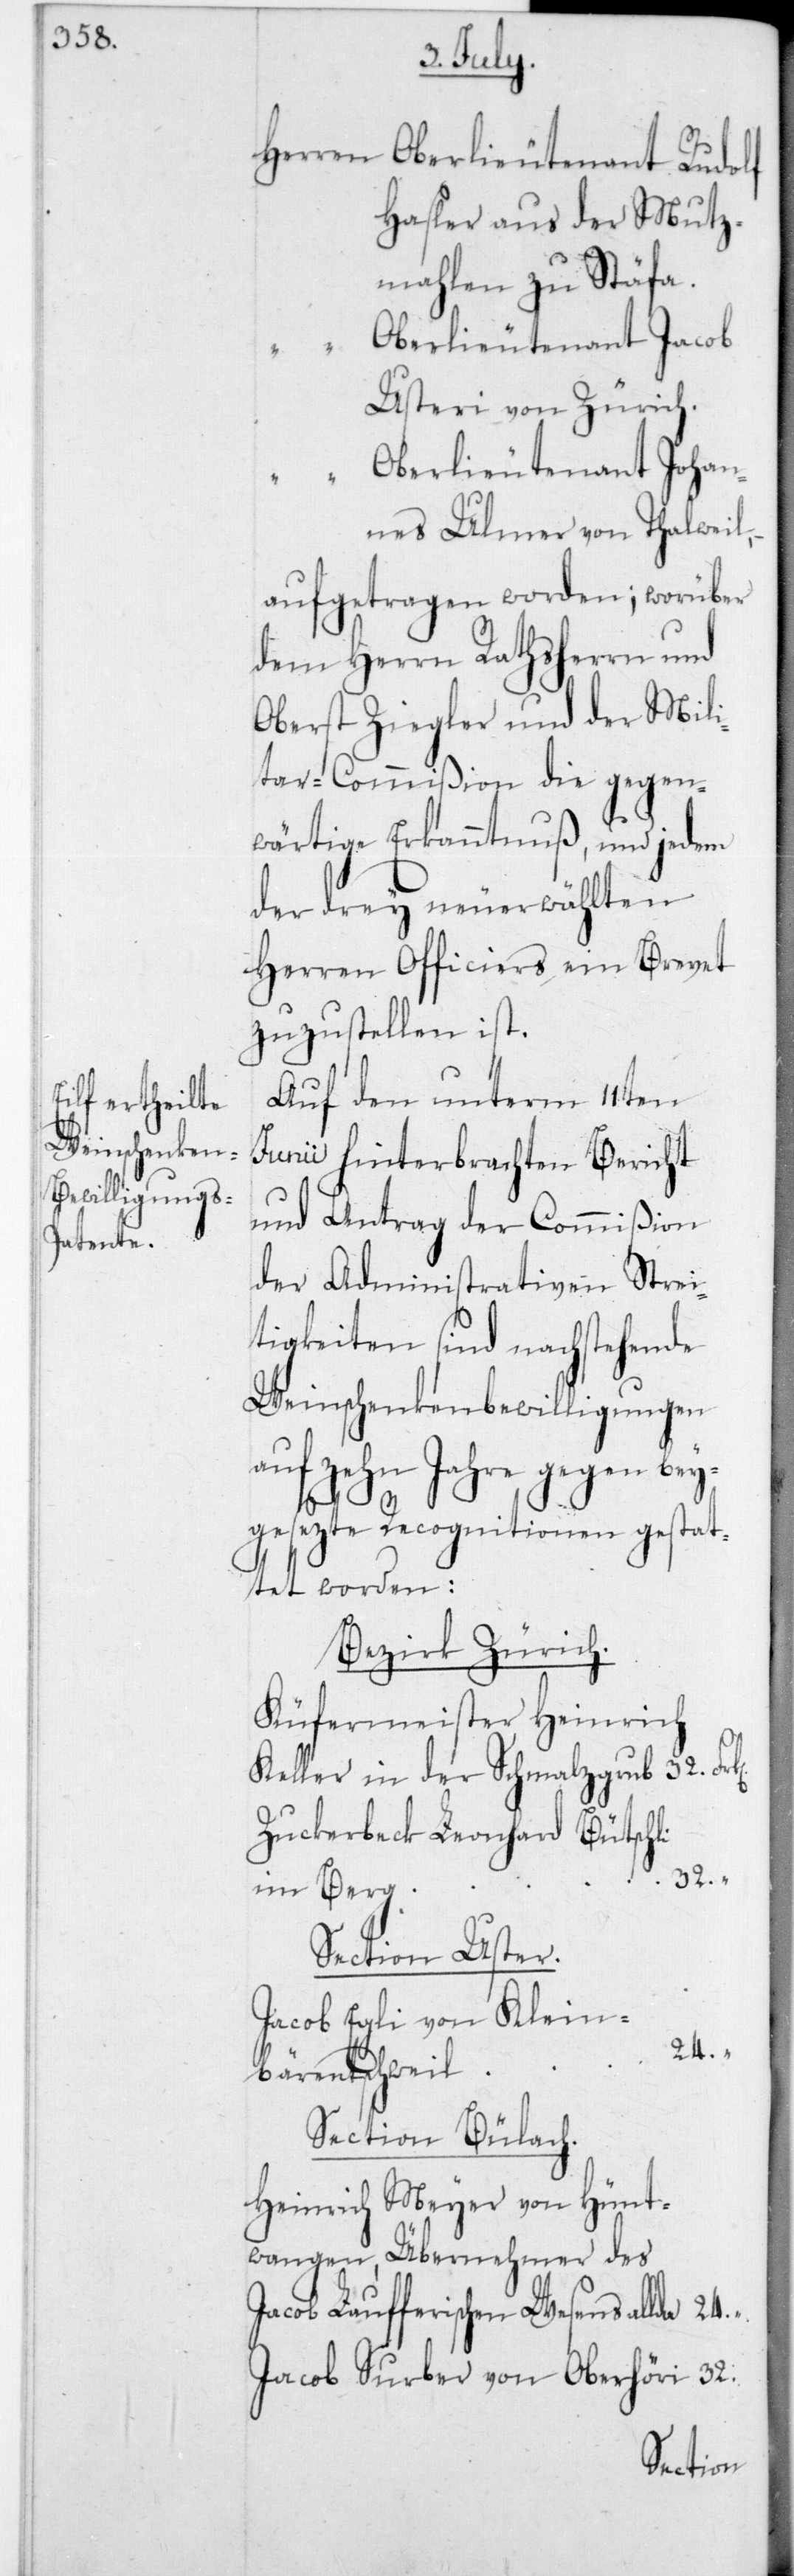
Herren
Oberlieutenant Rudolf
Hasler aus der Mutz¬
mahlen zu Stäfa.
Oberlieutenant Jacob
Usteri von Zürich.
Oberlieutenant Johan¬
nes Ulmer von Thalweil.
aufgetragen worden; worüber
dem Herrn Rathsherrn und
Oberst Ziegler und der Mili¬
tar-Commißion die gegen¬
wärtige Erkanntnuß, und jedem
der drey neuerwählten
Herren Officiers ein Brevet
zuzustellen ist.
Auf den unterm 11ten
Junii hinterbrachten Bericht
und Antrag der Commißion
der Administrativen Strei¬
tigkeiten sind nachstehende
Weinschenkenbewilligungen
auf zehn Jahre gegen bey¬
gesezte Recognition gestat¬
tet worden:
Bezirk Zürich.
Küfermeister Heinrich
Keller in der Schmalzgrub
Zuckerbeck Leonhard Bütschli
im Berg
Section Uster.
Jacob Egli von Klein¬
bärentschweil
Section Bülach.
Heinrich Meyer von Hünt¬
wangen, Übernehmer des
Jacob Laufferischen Wesens allda
Jacob Surber von Oberhöri